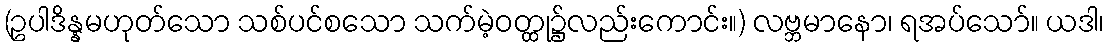
(ဥပါဒိန္နမဟုတ်သော သစ်ပင်စသော သက်မဲ့ဝတ္ထု၌လည်းကောင်း။) လဗ္ဘမာနော၊ ရအပ်သော်။ ယဒါ၊